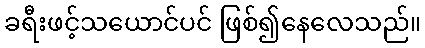
ခရီးဖင့်သယောင်ပင် ဖြစ်၍နေလေသည်။